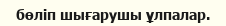
бөліп шығарушы ұлпалар.